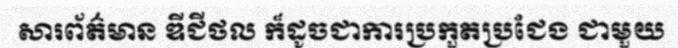
សារព័ត៌មាន ឌីជីថល ក៏ដូចជាការប្រកួតប្រជែង ជាមួយ